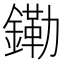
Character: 𫓀